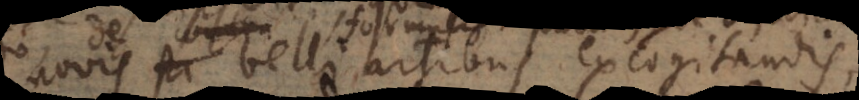
ovis belli artibus excogitandis,